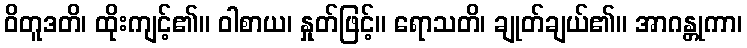
ဝိတူဒတိ၊ ထိုးကျင့်၏။ ဝါစာယ၊ နှုတ်ဖြင့်။ ရောသတိ၊ ချုတ်ချယ်၏။ အာဂန္တုကာ၊